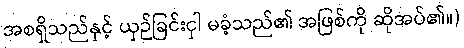
အစရှိသည်နှင့် ယှဉ်ခြင်းငှါ မခံ့သည်၏ အဖြစ်ကို ဆိုအပ်၏။)